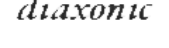
diaxonic